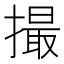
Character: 撮